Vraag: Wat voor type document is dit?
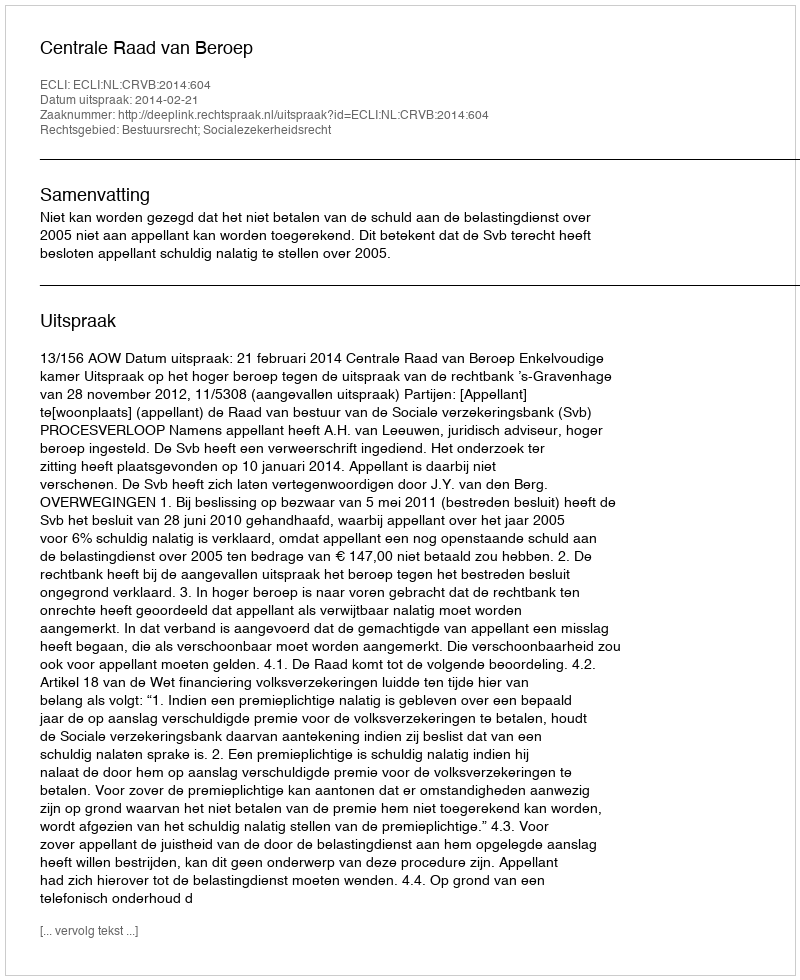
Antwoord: Uitspraak